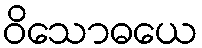
ဝိသောဓယေ